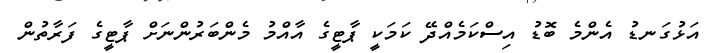
އަޅުގަނޑު އެންމެ ބޮޑު އިސްކަމެއްދޭ ކަމަކީ ޕާޓީގެ އާއްމު މެންބަރުންނަށް ޕާޓީގެ ފަރާތުން